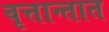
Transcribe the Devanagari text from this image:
वृत्तान्तात